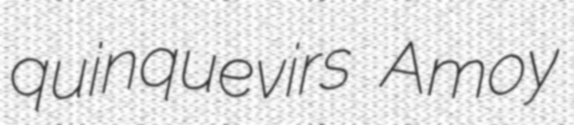
quinquevirs Amoy